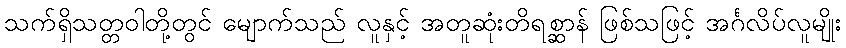
သက်ရှိသတ္တဝါတို့တွင် မျောက်သည် လူနှင့် အတူဆုံးတိရစ္ဆာန် ဖြစ်သဖြင့် အင်္ဂလိပ်လူမျိုး